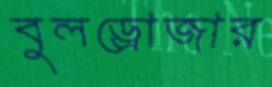
বুলড্রোজার